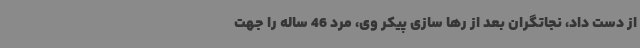
از دست داد، نجاتگران بعد از رها سازی پیکر وی، مرد 46 ساله را جهت